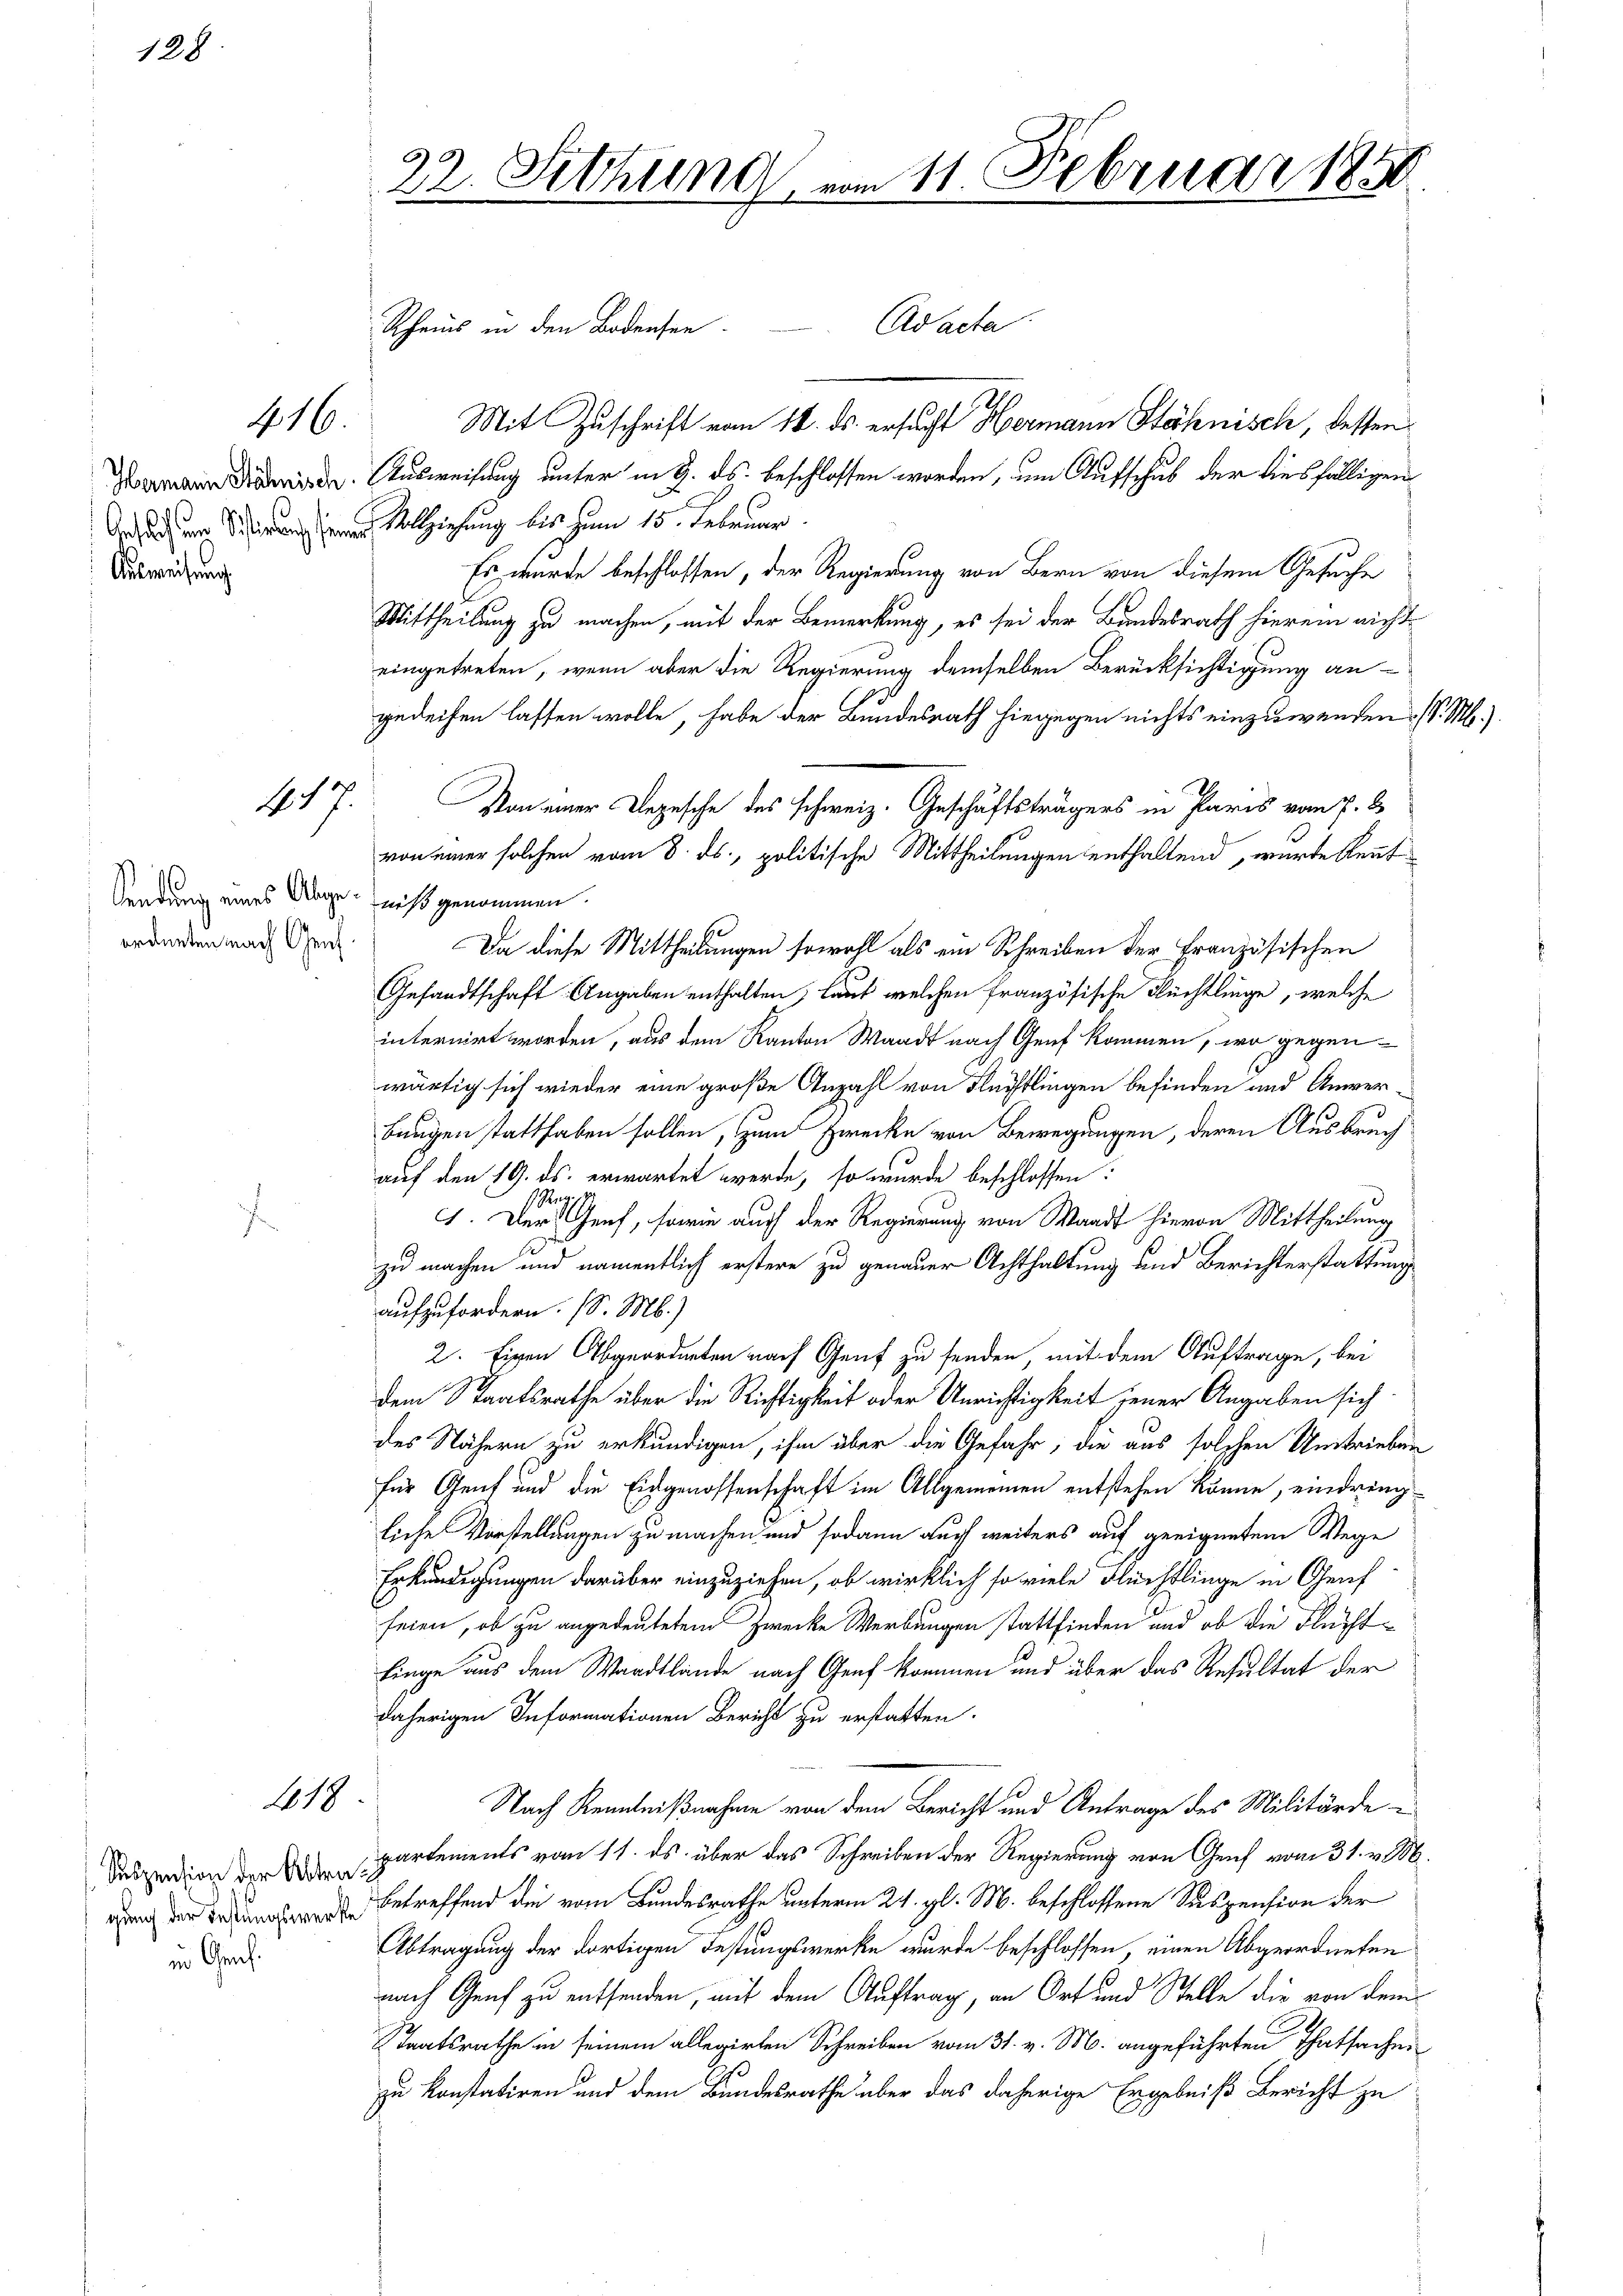
128

416.

Hermann Söhnisch
Ausweisung

417.

Sendung eines Abge-niß genommen.
ordneten nach Genf.

418

Suspension der Abtrat
in Geneh¬

22. Sitzung

Rheins in den Bodensen. Ad acta
Mit Zuschrift vom 16. ds. ersucht Hermann Stähnisch, bessen
Ausweisung unter in 3. ds. beschlossen worden, um Aufschub der diesfälligen
Geziehung bis zum 15. Februar.
Es wurde beschlossen, der Regierung von Bern von diesem Gesuche
Mittheilung zu machen, mit der Bemerkung, es sei der Bundesrath hierein nicht
eingetreten, wenn aber die Regierung demselben Berücksichtigung angedeihen lassen wolle, habe der Bundesrath hiegegen nichts einzuwenden. (S. M.)
Da diese Mittheilungen sowohl als ein Schreiben der Französischen
Gesandtschaft Angaben enthalten, laut welchen französische Flüchtlinge, welche
internirt worden, aus dem Kanton Waadt nach Genf kommen, wo gegen-
wärtig sich wieder eine große Anzahl von Flüchtlingen befinden und Anwer-
bungen statthaben sollen, zum Zwecke von Bewegungen, deren Ausbruch
auf den 19. ds. erwartet werde, so wurde beschlossen:
n
F. Der Genf, sowie auch der Regierung von Waadt hievon Mittheilung
zu machen und namentlich erstere zu genauer Achthaltung und Berichterstattung
aufzufordern. (S. M.)
2. Eigen Abgeordneten nach Genf zu senden, mit dem Auftrage, bei
dem Staatsrathe über die Richtigkeit oder Unrichtigkeit jener Angaben sich
des Nähern zu erkundigen, ihm über die Gefahr, die aus solchen Umtrieben
für Genf und die Eidgenossenschaft im Allgemeinen entstehen könne, eindringliche Vorstellungen zu machen und sodann auch weiters auf geeignetem Wege
Erkundigungen darüber einzuziehen, ob wirklich so viele Flüchtlinge in Genf
seien, ob zu angedeutetem Zwecke Werbungen stattfinden und ob die Flüchtfinge aus dem Waadtlände nach Genf kommen und über das Resultat der
daherigen Informationen Bericht zu erstatten.
Nach Kenntnißnahme von dem Bericht und Antrage des Militärdepartements vom 11. ds. über das Schreiben der Regierung von Genf vom 31. v. M.
 betreffend die vom Bundesrathe unterm 24. gl. M. beschlossene Suspension der
Abtragung der dortigen Festungswerke wurde beschlossen, einen Abgeordneten
nach Genf zu entsenden, mit dem Auftrag, an Ort und Stelle die von dem
Staatsrathe in seinem allegirten Schreiben vom 31. v. M. angeführten Thatsachen
zu konstatiren und dem Bundesrathe über das daherige Ergebniß bericht zu

Von einer Depesche des Schweiz. Geschäftsträgers in Paris vom 7. d.
von einer solchen vom 8. ds., politische Mittheilungen enthaltend, wurde Rent

111. Februar 1850